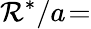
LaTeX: \mathcal{R}^{*}/a\! =